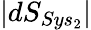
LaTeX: |dS_{Sys_{2}}|